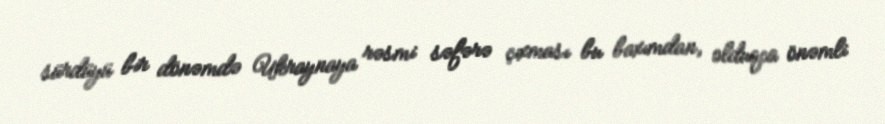
sürdüyü bir dönəmdə Ukraynaya rəsmi səfərə çıxması bu baxımdan, olduqca önəmli